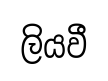
ලියවී